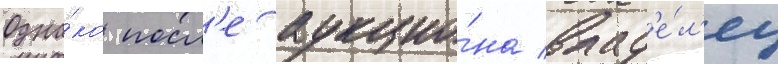
Одна́ко посл'е аукцио́на влад'е́л'ец